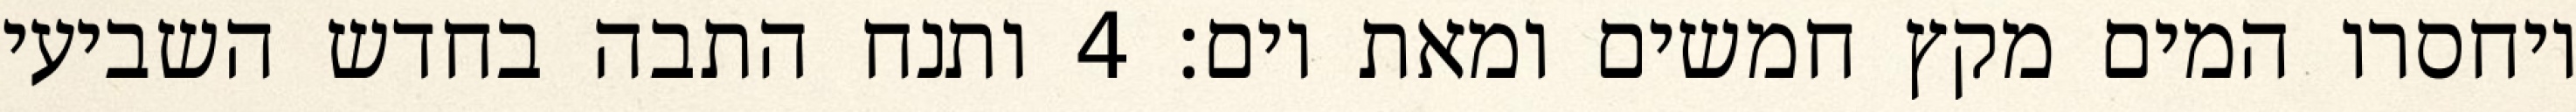
ויחסרו המים מקץ חמשים ומאת יום׃ ‎4‏ ותנח התבה בחדש השביעי